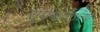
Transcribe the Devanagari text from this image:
सूर्यमालेतल्या